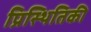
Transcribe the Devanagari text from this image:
प्रिस्थितिकी